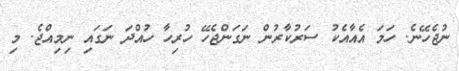
ނުޖެހޭނެ. ހަމަ އެއާއެކު ސަރުކާރުން ނަގަންޖެހޭ ހުރިހާ ހުއްދަ ނަގައި ނިމިއްޖެ. މި